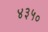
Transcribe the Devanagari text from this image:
४३५०